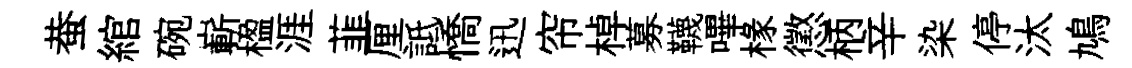
蛬綰碗嶄楹涯韮厘詆憍迅帘棹募韈嗶椽懲柄辛染停汰鳩